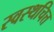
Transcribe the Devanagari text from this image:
स्वस्थचित्त